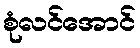
စုံလင်အောင်